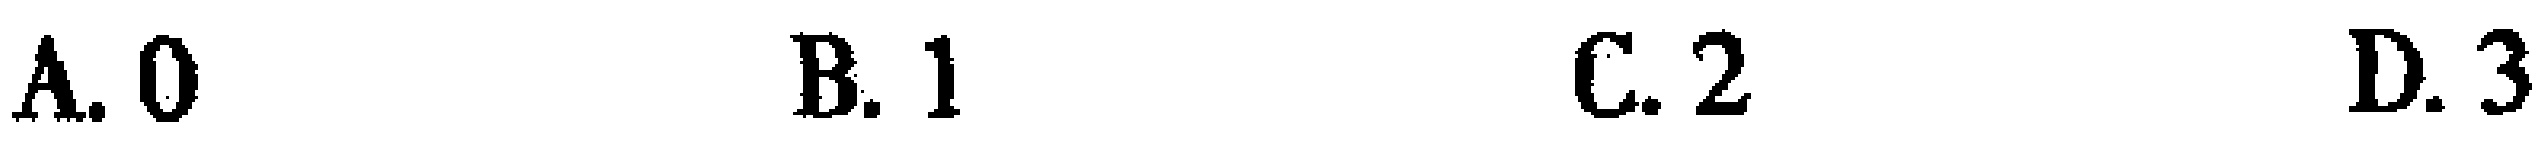
A. 0  B. 1  C. 2  D. 3